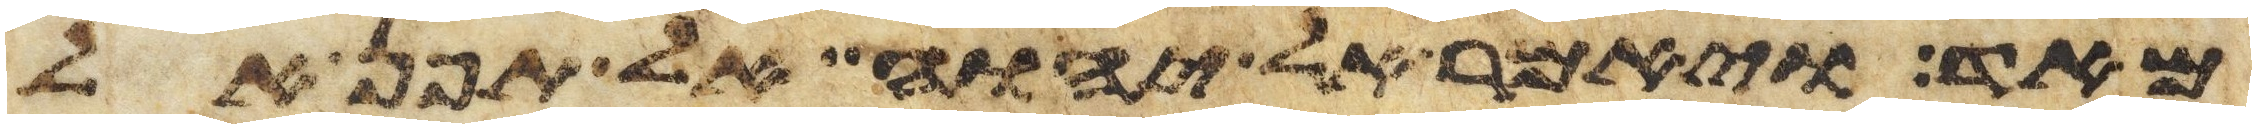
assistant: מאד ויאמר אל יהוה אל תפן אל